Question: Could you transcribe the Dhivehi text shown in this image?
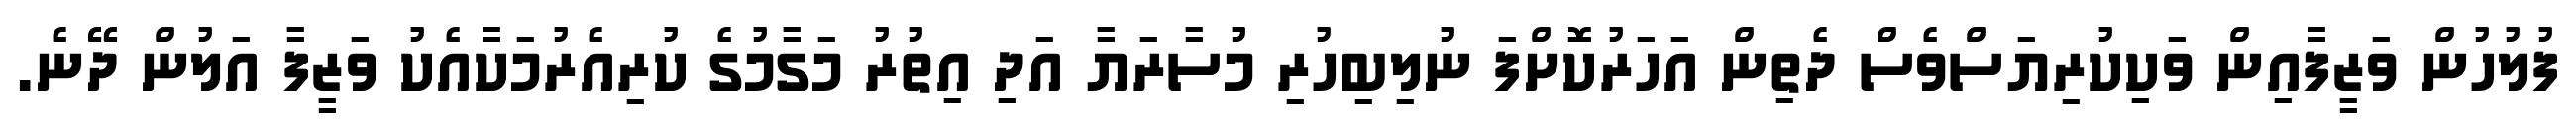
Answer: ފުލުހުން ވަޒީފާއިން ވަކިކުރިޔަސްވެސް ދެތިން އަހަރުކޮށްފަ ނުލިބިހުރި މުސާރަޔާ އަދި އިތުރު މަގާމުގެ ކުރިއެރުމަކާއެކު ވަޒީފާ އަލުން ދޭނެ.